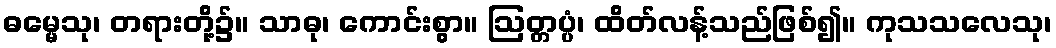
ဓမ္မေသု၊ တရားတို့၌။ သာဓု၊ ကောင်းစွာ။ ဩတ္တပ္ပံ၊ ထိတ်လန့်သည်ဖြစ်၍။ ကုသသလေသု၊